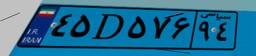
۴۵D۵۷۶۹۴